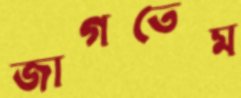
জাগতেম